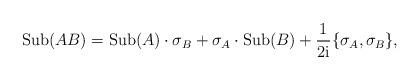
LaTeX: \begin{align*}\mathrm{Sub}(AB)=\mathrm{Sub}(A)\cdot\sigma_B+\sigma_A\cdot\mathrm{Sub}(B)+\frac{1}{2\mathrm{i}}\{\sigma_A,\sigma_B\},\end{align*}